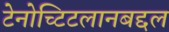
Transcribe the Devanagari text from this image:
टेनोच्टिटलानबद्दल